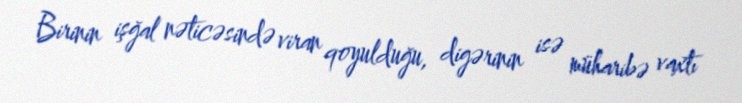
Birinin işğal nəticəsində viran qoyulduğu, digərinin isə müharibə vaxtı